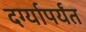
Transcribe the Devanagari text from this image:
दर्ग्यापर्यंत